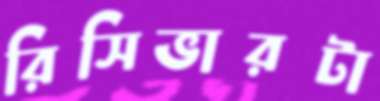
রিসিভারটা